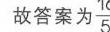
故答案为\(\frac{7}{10}\)